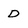
Character: d